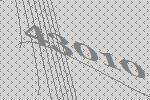
43010